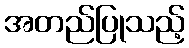
အတည်ပြုသည့်